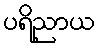
ပရိညာယ